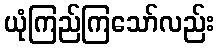
ယုံကြည်ကြသော်လည်း